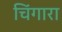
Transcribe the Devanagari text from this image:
चिंगारा